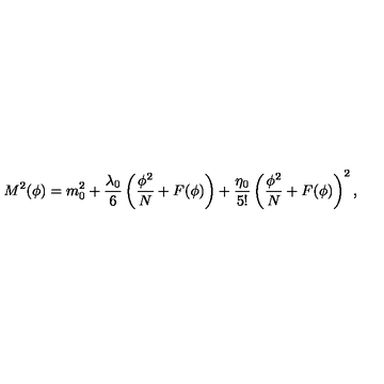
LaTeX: M ^ { 2 } ( \phi ) = m _ { 0 } ^ { 2 } + \frac { \lambda _ { 0 } } { 6 } \left( \frac { \phi ^ { 2 } } { N } + F ( \phi ) \right) + \frac { \eta _ { 0 } } { 5 ! } \left( \frac { \phi ^ { 2 } } { N } + F ( \phi ) \right) ^ { 2 } ,